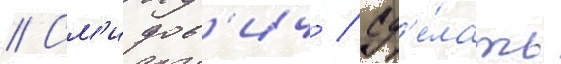
// См'идов'ич / сд'е́лать